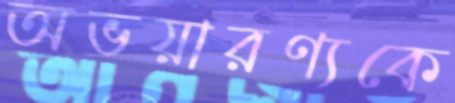
অভয়ারণ্যকে